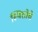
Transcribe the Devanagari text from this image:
स्थिरतेचे